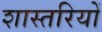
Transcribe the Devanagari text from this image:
शास्तरियों